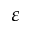
\varepsilon